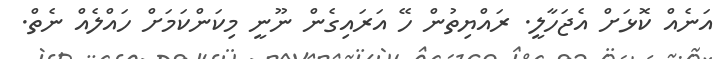
އަނެއް ކޮޅަށް އެޖަހާލީ. ރައްޔިތުން ހޭ އަރައިގެން ނޫނީ މިކަންކަމަށް ހައްލެއް ނެތް.